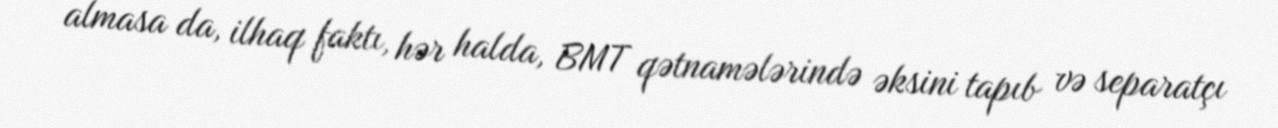
almasa da, ilhaq faktı, hər halda, BMT qətnamələrində əksini tapıb və separatçı